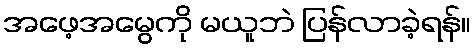
အဖေ့အမွေကို မယူဘဲ ပြန်လာခဲ့ရန်။